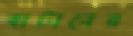
বাটানের